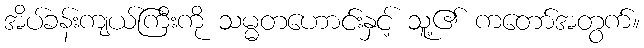
အိပ်ခန်းကျယ်ကြီးကို သမ္မတဟောင်းနှင့် သူ့၏ ကတော်အတွက်။